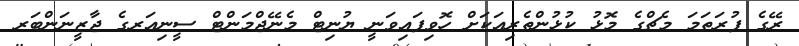
ރޭގެ ފުރަތަމަ މެޗްގެ މޮޅު ކުޅުންތެރިއަކަށް ހޮވިފައިވަނީ ޔުނިޓް މެނޭޖްމަންޓް ސީނިއަރގެ ޖާޒީނަންބަރ